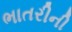
ભાતરીની